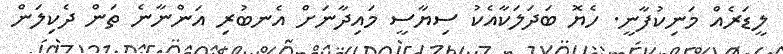
ލީޑަރެއް މަނިކުފާނީ. ހެޔޮ ބަދަލަކާއެކު ސިޔާސީ މައިދާނަށް އެނބުރި އަންނާނެ ތަން ދެކިލަން